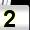
Digit: 2